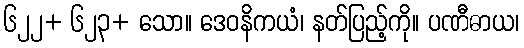
၆၂၂+ ၆၂၃+ သော။ ဒေဝနိကယံ၊ နတ်ပြည့်ကို။ ပဏီဓာယ၊